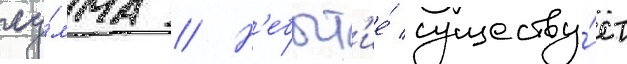
су́мма // Н'ебыт'ие́ существу́ет